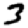
Digit: 3